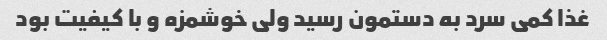
غذا کمی سرد به دستمون رسید ولی خوشمزه و با کیفیت بود